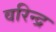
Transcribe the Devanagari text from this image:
वरिन्द्र